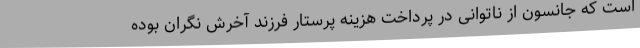
است که جانسون از ناتوانی در پرداخت هزینه پرستار فرزند آخرش نگران بوده